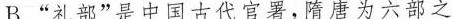
B.”礼部”是中国古代官署，隋唐为六部之